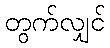
တွက်လျှင်